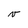
Character: v